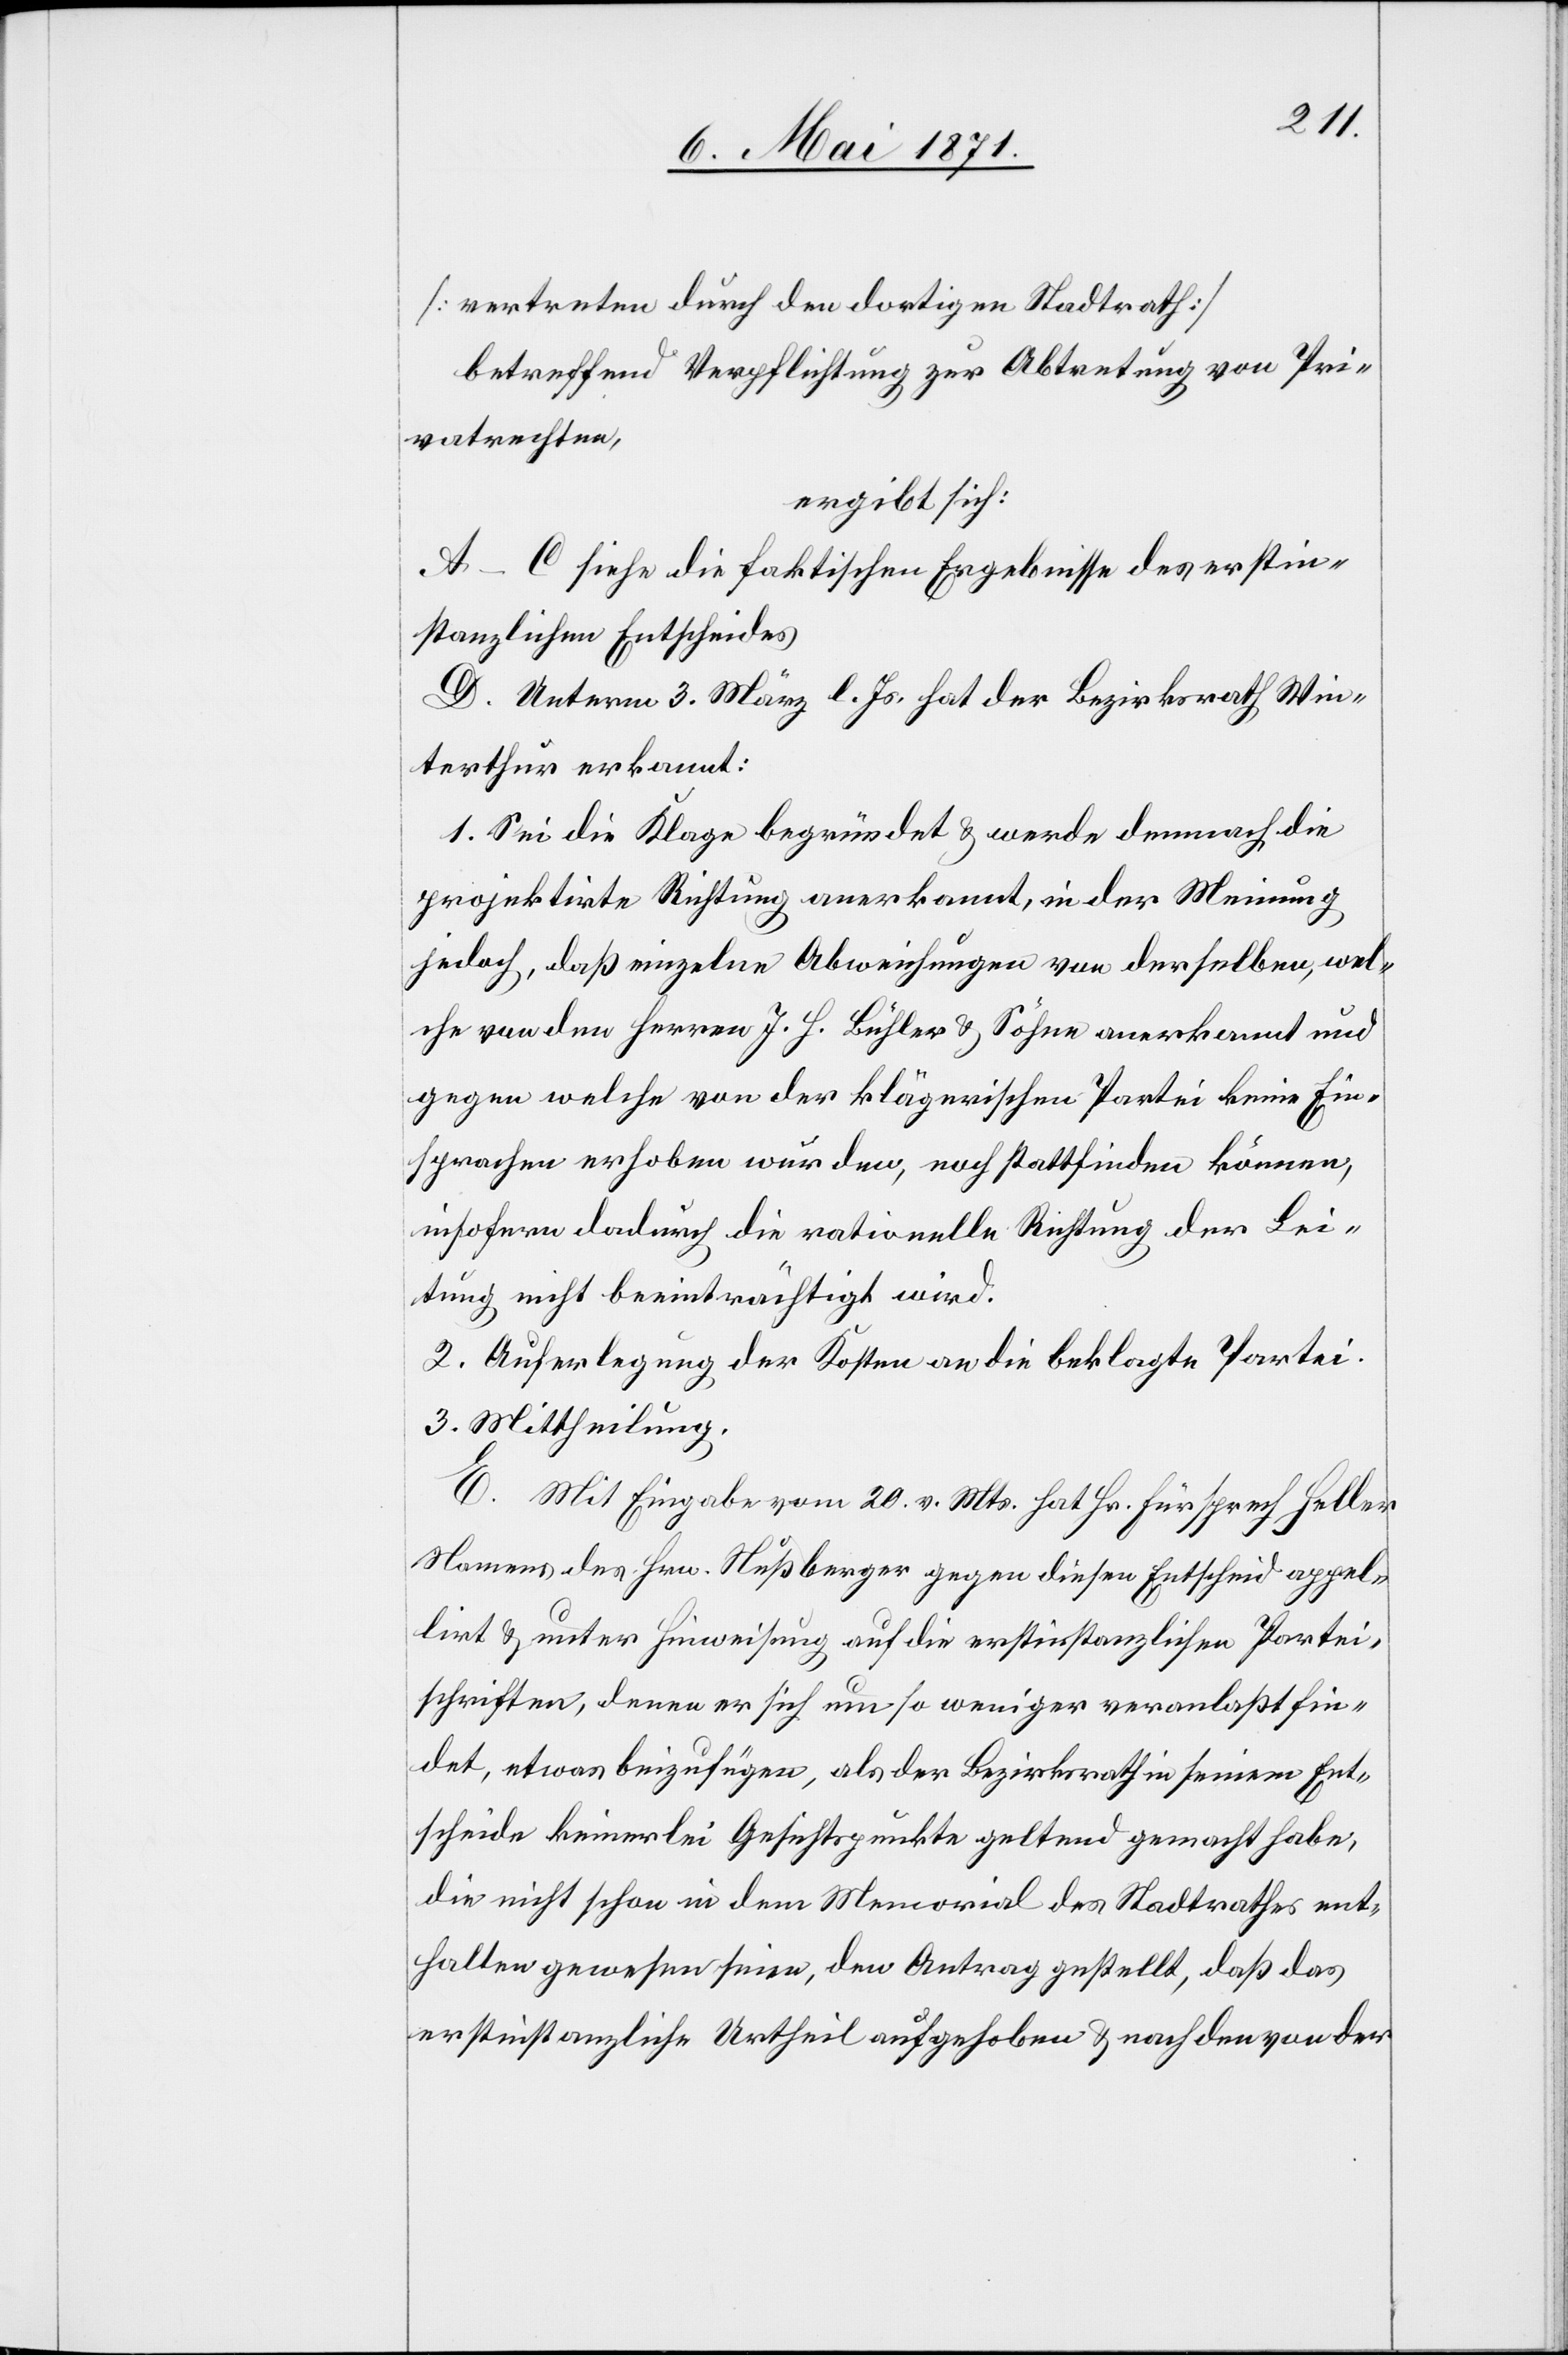
[vertreten durch den dortigen Stadtrath]
betreffend Verpflichtung zur Abtretung von Pri¬
vatrechten,
ergibt sich:
A–C siehe die faktischen Ergebnisse des erstin¬
stanzlichen Entscheides
D. Unterm 3. März l. Js. hat der Bezirksrath Win¬
terthur erkannt:
1. Sei die Klage begründet u. werde demnach die
projektirte Richtung anerkannt, in der Meinung
jedoch, daß einzelne Abweichungen von derselben, wel¬
che von den Herren J. H. Bühler u. Söhne anerkannt und
gegen welche von der klägerischen Partei keine Ein¬
sprachen erhoben wurden, noch stattfinden können,
insofern dadurch die rationelle Richtung der Lei¬
stung nicht beeinträchtigt wird.
2. Auferlegung der Kosten an die beklagte Partei.
3. Mittheilung.
E. Mit Eingabe vom 20 v. Mts. hat Hr. Fürsprech Heller
Namens des Hrn. Nußberger gegen diesen Entscheid appel¬
lirt u. unter Hinweisung auf die erstinstanzlichen Partei¬
schriften, denen er sich um so weniger veranlaßt fin¬
det, etwas beizufügen, als der Bezirksrath in seinem Ent¬
scheide keinerlei Gesichtspunkte geltend gemacht habe,
die nicht schon in dem Memorial des Stadtrathes ent¬
halten gewesen seine, den Antrag gestellt, daß das
erstinstanzliche Urtheil aufgehoben u. nach den von der